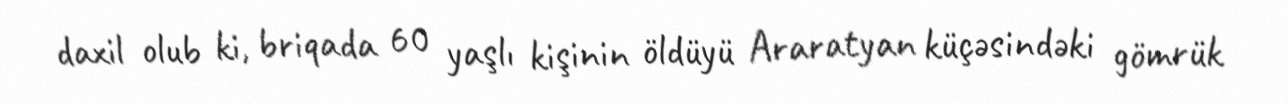
daxil olub ki, briqada 60 yaşlı kişinin öldüyü Araratyan küçəsindəki gömrük